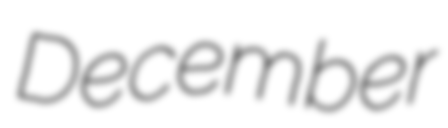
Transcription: December